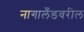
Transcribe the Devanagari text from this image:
नागालँडवरील